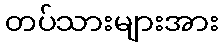
တပ်သားများအား